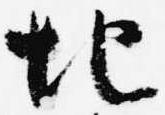
地